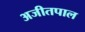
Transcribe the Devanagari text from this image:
अजीतपाल